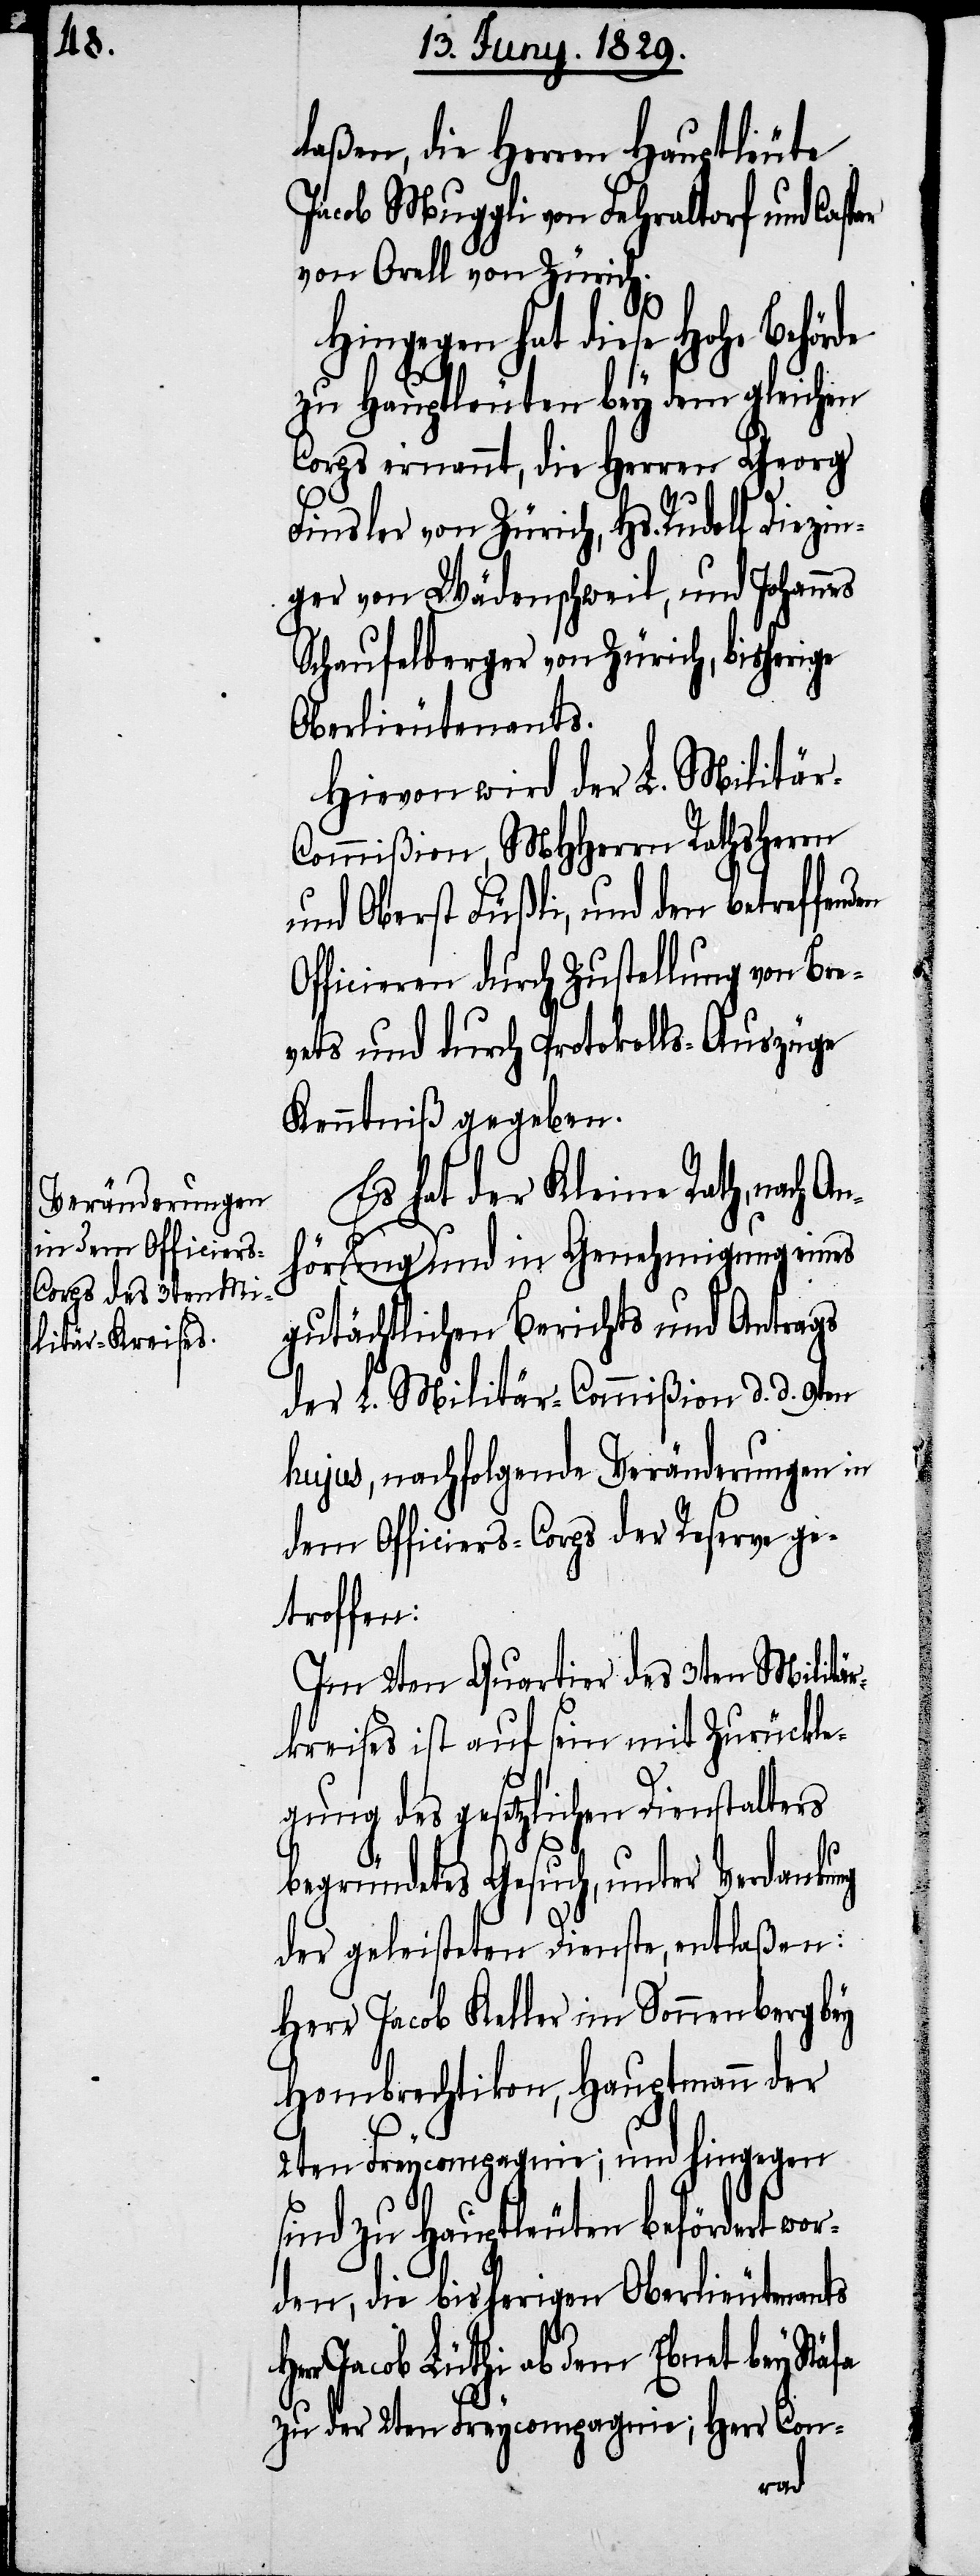
laßen, die Herren Hauptleute
Jacob Muggli von Fehraltorf und Casp¬
von Orell von Zürich.
Hingegen hat diese Hohe Behö¬
zu Hauptleuten bey dem gleichen
Corps ernannt, die Herren Georg
Finsler von Zürich, Hs. Rudolf Diezin¬
ger von Wädenschweil, und Johannes
Schaufelberger von Zürich, bisherige
Oberlieutenants.
Hievon wird der L. Militä¬
ommißion, MHHerrn Rathsherrn
und Oberst Füßli, und den betreffen¬
Officieren durch Zustellung von Bre¬
vets und durch Protokolls-Auszüge
Kenntniß gegeben.
Es hat der Kleine Rath, nach
Anhörung und in Genehmigung eines
gutächtlichen Berichts und Antrags
der L. Militär-Commißion d. d. 9ten
hujus, nachfolgende Veränderungen in
dem Officiers-Corps der Reserve ge¬
troffen:
Im 2ten Quartier des 3ten Militär¬
kreises ist auf sein mit Zurückle¬
gung des gesetzlichen Dienstalters
begründetes Gesuch, unter Verdankung
der geleisteten Dienste, entlaßen:
Herr Jacob Keller im Sonnenberg bey
Hombrechtikon, Hauptmann der
2ten Freycompagnie; und hingegen
sind zu Hauptleuten befördert wor¬
den, die bisherigen Oberlieutenants
r Jacob Lüthi ob dem Ebnet bey Stäfa
zu der 2ten Freycompagnie; Herr Con-
Her¬